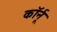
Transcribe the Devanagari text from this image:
कॉर्नू